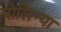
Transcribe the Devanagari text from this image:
पोलिन्या